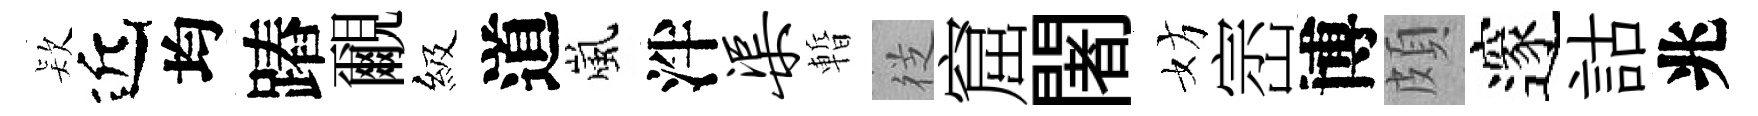
𣣇近均蹖覼級道嵐泮渠暫徔窟闍妨崈博頗邃詁兆